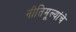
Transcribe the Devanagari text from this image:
नीतिमूल्यांचे